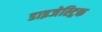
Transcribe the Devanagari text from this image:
डाइजेस्ट्रिक